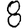
Digit: 8